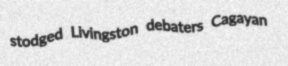
stodged Livingston debaters Cagayan